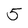
Character: 5